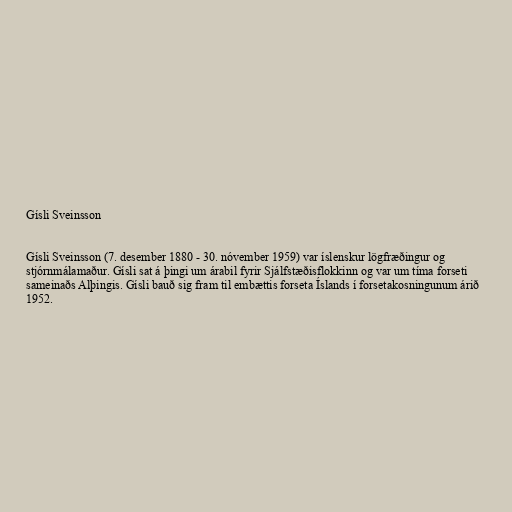
Gísli Sveinsson

Gísli Sveinsson (7. desember 1880 - 30. nóvember 1959) var íslenskur lögfræðingur og
stjórnmálamaður. Gísli sat á þingi um árabil fyrir Sjálfstæðisflokkinn og var um tíma forseti
sameinaðs Alþingis. Gísli bauð sig fram til embættis forseta Íslands í forsetakosningunum árið
1952.